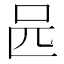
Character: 𠯕